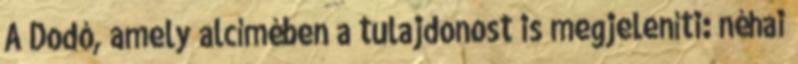
A Dodó, amely alcímében a tulajdonost is megjeleníti: néhai